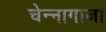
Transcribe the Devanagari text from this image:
चेन्‍नागाजा